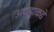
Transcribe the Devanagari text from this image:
अपत्याकडे